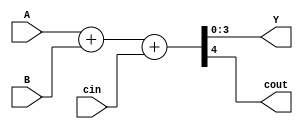
`timescale 1ns / 1ps
//////////////////////////////////////////////////////////////////////////////////
// Company: 
// Engineer: 
// 
// Design Name: 
// Module Name: inferred_adder
// Project Name: 
// Target Devices: 
// Tool Versions: 
// Description: 
// 
// Dependencies: 
// 
// Revision:
// Revision 0.01 - File Created
// Additional Comments:
// 
//////////////////////////////////////////////////////////////////////////////////


module inferred_adder(input [3:0] A, B, input cin, output [3:0] Y, output cout);

assign {cout, Y} = A + B + cin;

endmodule